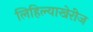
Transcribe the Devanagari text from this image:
लिहिल्याखेरीज